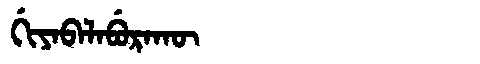
Manchu: ᡤᡳᠶᠠᠪᠠᠯᠠᠪᡠᡵᠠᡴᡡ
Romanization: GIYABALABURAKŪ